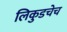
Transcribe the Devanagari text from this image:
लिकुडचेच